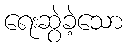
ရေးဆွဲခဲ့သော